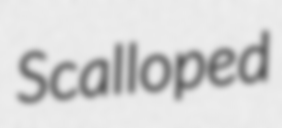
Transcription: Scalloped